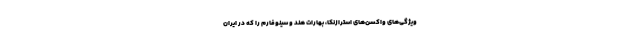
ویژگی‌های واکسن‌های استرازنکا، بهارات هند و سینوفارم را که در ایران